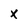
Character: x